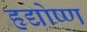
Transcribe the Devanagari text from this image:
हृद्योष्ण